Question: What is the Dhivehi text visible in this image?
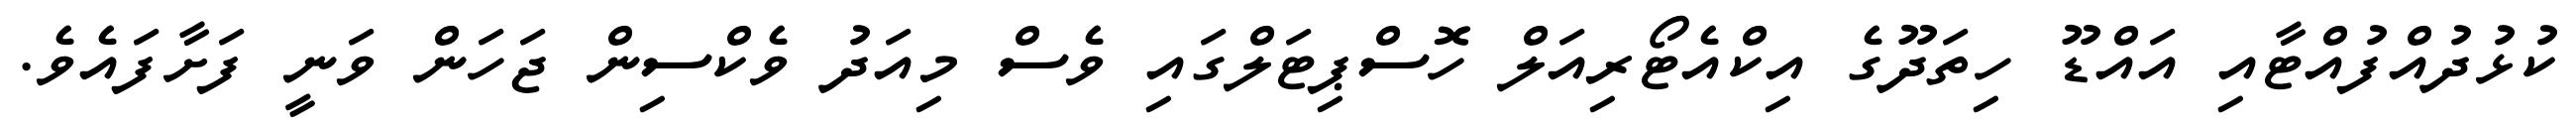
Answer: ކުޅުދުއްފުއްޓާއި އައްޑޫ ހިތަދޫގެ އިކްއެޓޯރިއަލް ހޮސްޕިޓަލްގައި ވެސް މިއަދު ވެކްސިން ޖަހަން ވަނީ ފަށާފައެވެ.